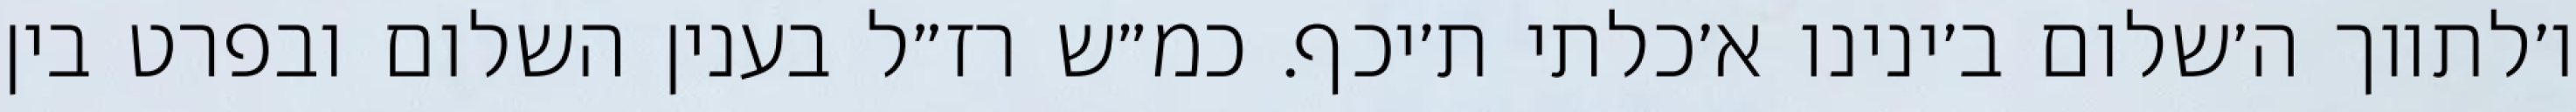
ו׳לתווך ה׳שלום ב׳ינינו א׳כלתי ת׳יכף. כמ״ש רז״ל בענין השלום ובפרט בין